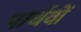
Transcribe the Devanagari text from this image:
पार्थवों